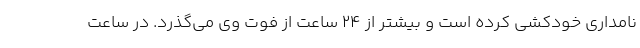
نامداری خودکشی کرده است و بیشتر از ۲۴ ساعت از فوت وی می‌گذرد. در ساعت